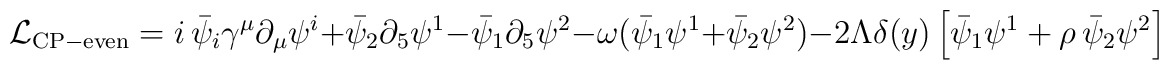
\mathcal{L}_{\rm CP-even}=i\,\bar\psi_i\gamma^\mu\partial_\mu \psi^i+\bar\psi_2\partial_5\psi^1-\bar\psi_1\partial_5\psi^2-\omega(\bar\psi_1\psi^1+\bar\psi_2\psi^2)-2\Lambda\delta(y)\left[\bar\psi_1\psi^1+\rho\,\bar\psi_2\psi^2\right]